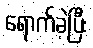
ရောက်ခဲ့ပြီး